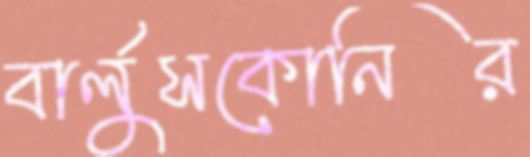
বার্লুসকোনির